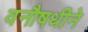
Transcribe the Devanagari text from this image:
वनौषधीने